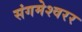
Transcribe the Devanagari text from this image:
संगमेश्वरर